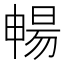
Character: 暢